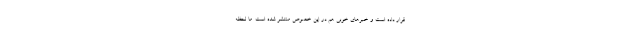
قرار داده است و خبرهای خوبی هم در این‌ خصوص منتشر شده است. ما لحظه